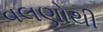
વલણોથી